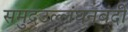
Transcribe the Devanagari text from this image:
समुद्रउल्लंघनबंदी